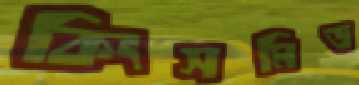
কিংসমিড